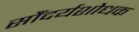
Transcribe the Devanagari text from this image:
सौंदर्यशोधक